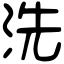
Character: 洗